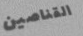
القناصين